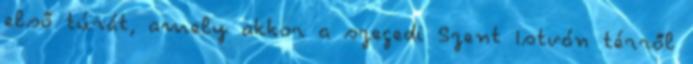
első túrát, amely akkor a szegedi Szent István térről